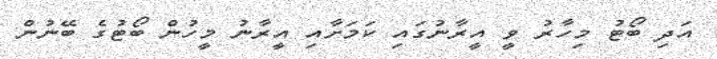
އަދި ބޯޓު މިހާރު ވީ އީރާނުގައި ކަމަށާއި އީރާނު މީހުން ބޯޓުގެ ބޭނުން